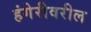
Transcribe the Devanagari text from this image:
हंगेरीवरील